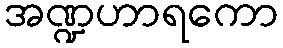
အဏ္ဍဟာရကော